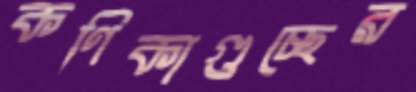
কণিকাগুচ্ছের